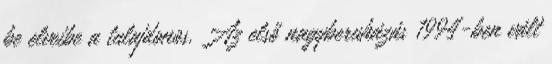
be elveibe a tulajdonos. Az első nagyberuházás 1994-ben vált